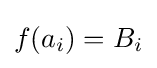
f(a_{i})=B_{i}